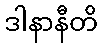
ဒါနာနီတိ